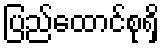
ပြည်ထောင်စုရှိ